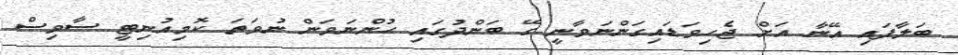
ބަލާފައި އޭނާ އަށް ޖެހިވަޑައިގަންނަވާނީ ގޭ ބަންދުގައި ހުންނަވަން ނުވަތަ ކޮމިއުނިޓީ ސާވިސް